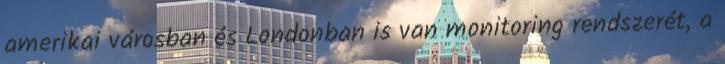
amerikai városban és Londonban is van monitoring rendszerét, a